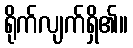
ရိုက်လျက်ရှိ၏။